Venemaal_asunud_Eesti_seltside_dokumendid, lk 7
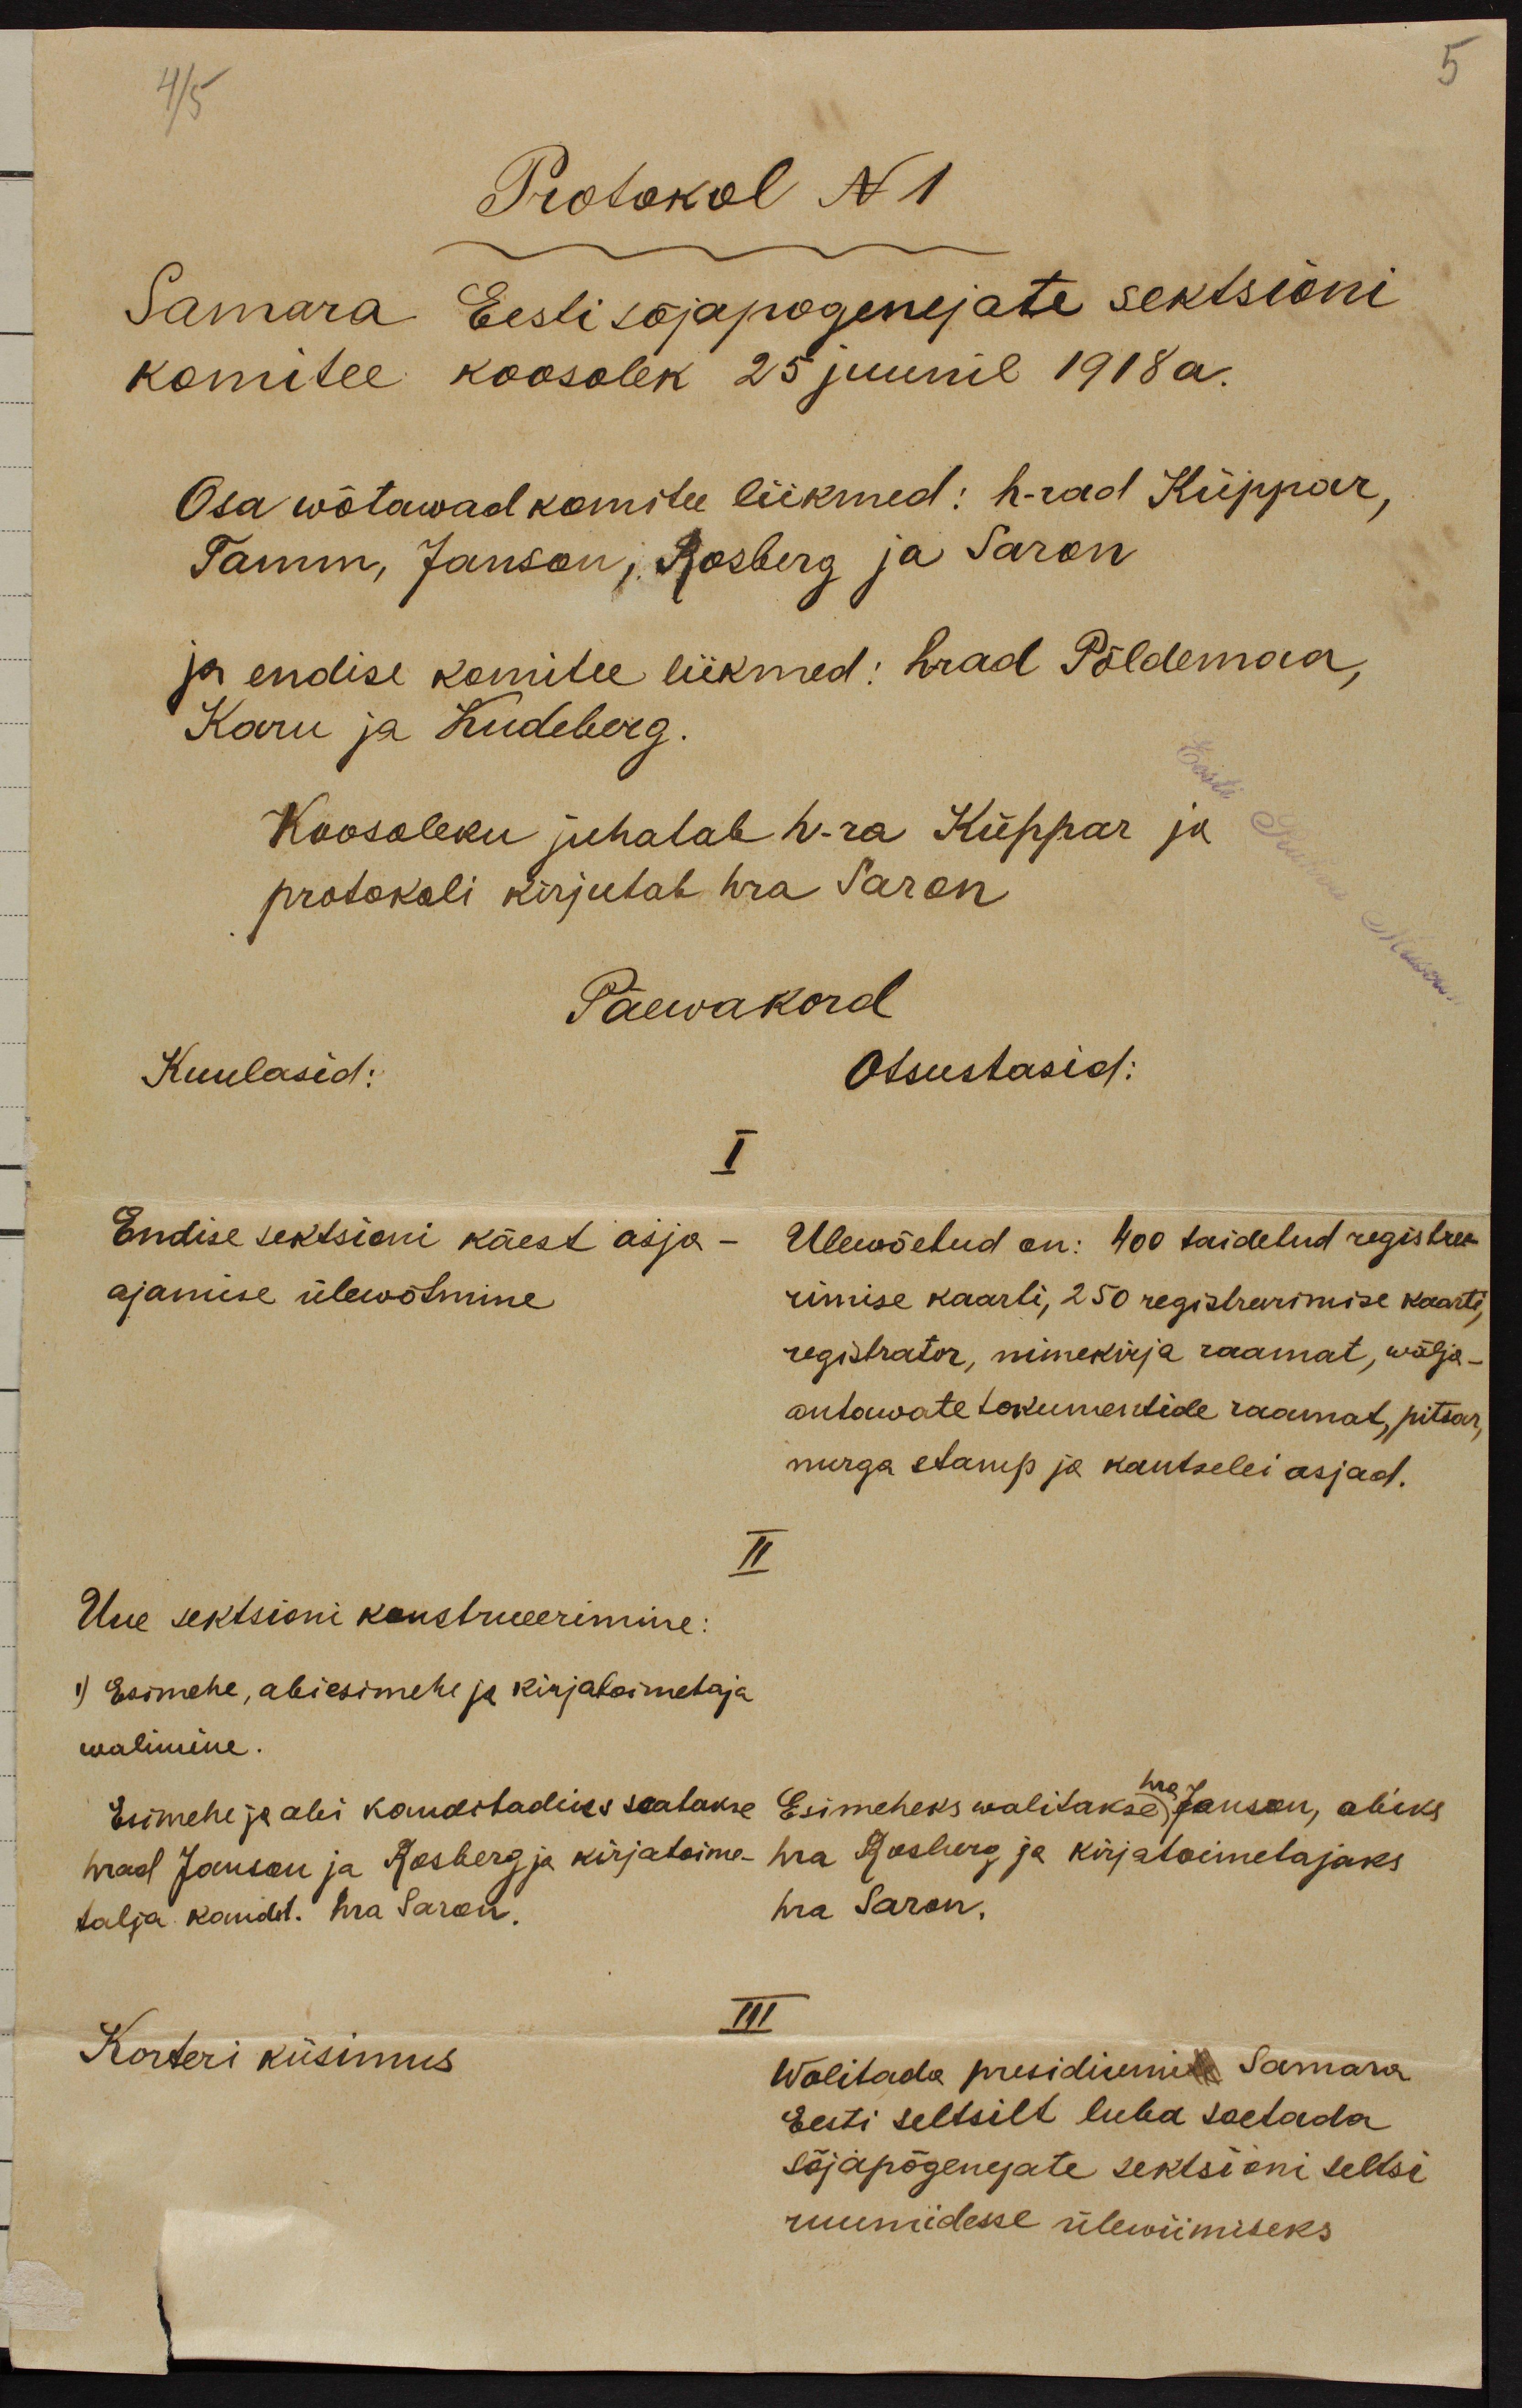
4/5
5
Protokol N1
Samara Eesti sõjapogenejate sektsioni
komitee koosolek 25 juunil 1918 a.
Osa wõtawad komitee liikmed: h-rad Küppar,
Tamm, Janson, Rosberg ja Saron
ja endise komitee liikmed: hrad Põldemaa,
Karu ja Kudeberg.
Koosoleku juhatab h-ra Küppar ja
protokoli kirjutab hra Saron
Päewakord
Kuulasid:
Otsustasid:
I
Endise sektsioni käest asja-
ajamise ülewõtmine
Ülewõetud on: 400 täidetud registree-
rimise kaarti, 250 registreerimise kaarti,
registrator, nimekirja raamat, wälja-
antawate tokumentide raamat, pitsar,
nurga stamp ja kantselei asjad.
II
Uue sektsioni konstueerimine:
1) Esimehe, abiesimehe ja kirjatoimetaja
walimine.
hra
Esimehe ja abii kanditadiks seatakse Esimeheks walitakse Janson, abiks
hrad Janson ja Rosberg ja kirjatoime - hra Rosburg ja kirjatoimetajaks
talja kandit. hra Saron.
hra Saron,
III
Korteri küsimus
Wolitada presidiumi Samara
Eesti seltsilt luba soetada
sõjapõgenejate sektsioni seltsi
ruumidesse ülewiimiseks